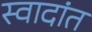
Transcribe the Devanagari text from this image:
स्वादांत